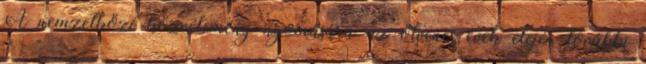
A nemzetközi közvélemény nyomására az ötvenes évek elején további